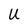
Character: U